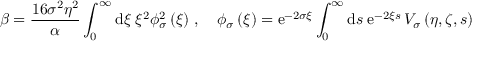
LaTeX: \beta = \frac { 1 6 \sigma ^ { 2 } \eta ^ { 2 } } { \alpha } \int _ { 0 } ^ { \infty } \mathrm { d } \xi \; \xi ^ { 2 } \phi _ { \sigma } ^ { 2 } \left( \xi \right) \, , \quad \phi _ { \sigma } \left( \xi \right) = \mathrm { e } ^ { - 2 \sigma \xi } \int _ { 0 } ^ { \infty } \mathrm { d } s \; \mathrm { e } ^ { - 2 \xi s } \, { \cal V } _ { \sigma } \left( \eta , \zeta , s \right)